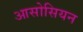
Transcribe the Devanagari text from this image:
आसोसियन